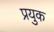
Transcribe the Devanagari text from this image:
प्रयुक